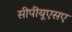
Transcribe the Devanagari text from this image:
सीपीयूएसए